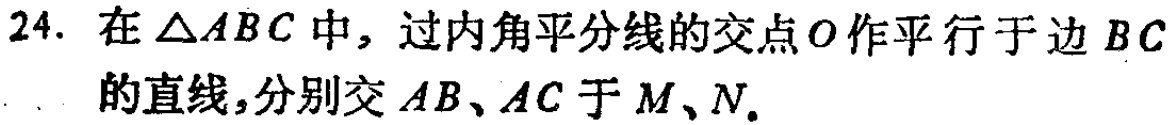
24. 在\(\triangle ABC\)中，过内角平分线的交点\(O\)作平行于边\(BC\)的直线，分别交\(AB\)、\(AC\)于\(M\)、\(N\)。